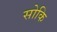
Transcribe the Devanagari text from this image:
सोकि